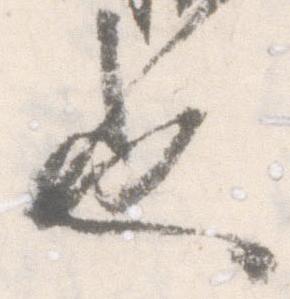
也